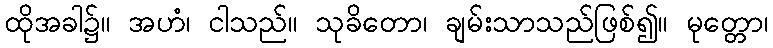
ထိုအခါ၌။ အဟံ၊ ငါသည်။ သုခိတော၊ ချမ်းသာသည်ဖြစ်၍။ မုတ္တော၊